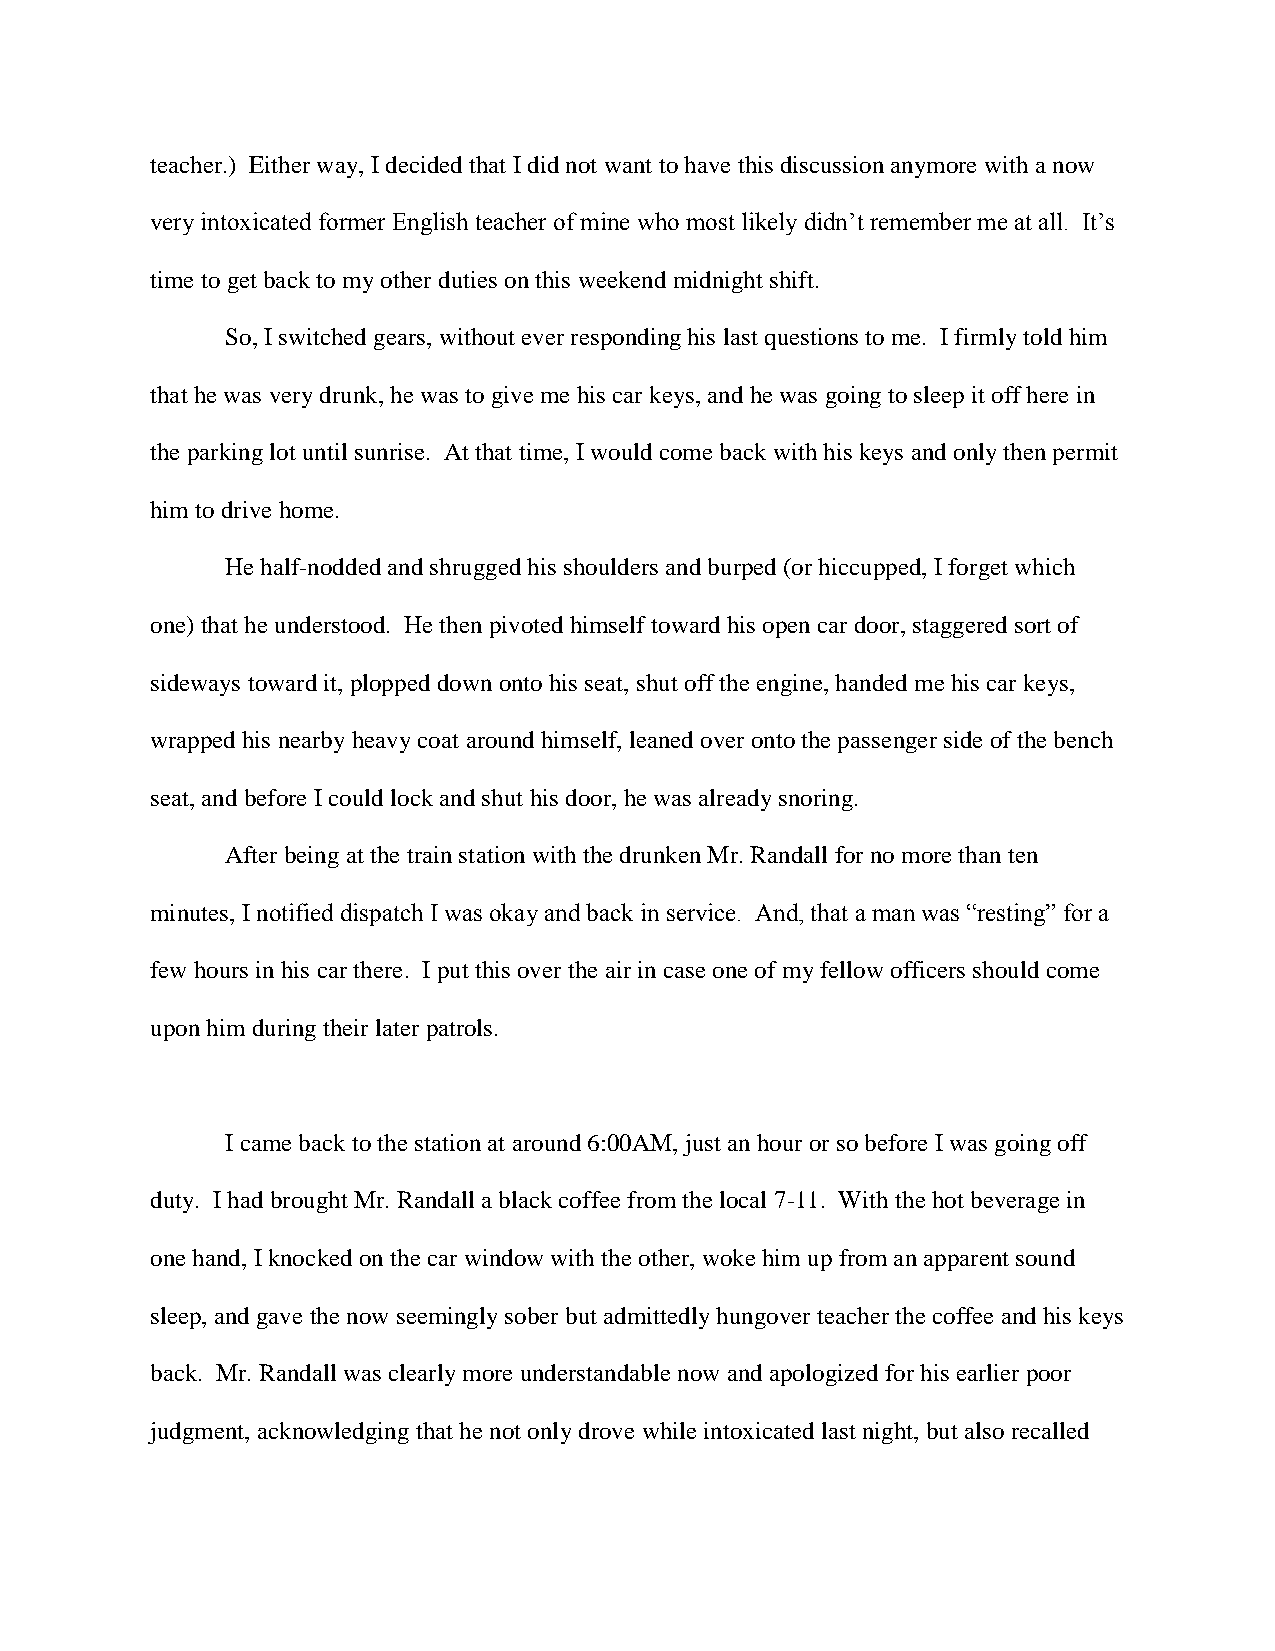
teacher.) Either way, I decided that I did not want to have this discussion anymore with a now
 very intoxicated former English teacher of mine who most likely didn’t remember me at all. It’s
 time to get back to my other duties on this weekend midnight shift.
 So, I switched gears, without ever responding his last questions to me. I firmly told him
 that he was very drunk, he was to give me his car keys, and he was going to sleep it off here in
 the parking lot until sunrise. At that time, I would come back with his keys and only then permit
 him to drive home.
 He half-nodded and shrugged his shoulders and burped (or hiccupped, I forget which
 one) that he understood. He then pivoted himself toward his open car door, staggered sort of
 sideways toward it, plopped down onto his seat, shut off the engine, handed me his car keys,
 wrapped his nearby heavy coat around himself, leaned over onto the passenger side of the bench
 seat, and before I could lock and shut his door, he was already snoring.
 After being at the train station with the drunken Mr. Randall for no more than ten
 minutes, I notified dispatch I was okay and back in service. And, that a man was “resting” for a
 few hours in his car there. I put this over the air in case one of my fellow officers should come
 upon him during their later patrols.
 I came back to the station at around 6:00AM, just an hour or so before I was going off
 duty. I had brought Mr. Randall a black coffee from the local 7-11. With the hot beverage in
 one hand, I knocked on the car window with the other, woke him up from an apparent sound
 sleep, and gave the now seemingly sober but admittedly hungover teacher the coffee and his keys
 back. Mr. Randall was clearly more understandable now and apologized for his earlier poor
 judgment, acknowledging that he not only drove while intoxicated last night, but also recalled